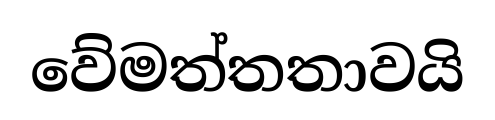
වේමත්තතාවයි